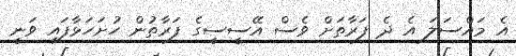
އެ މައްސަލަ އެ ދެ ފަރާތަށް ވެސް އޭސީސީގެ ފަރާތުން ހުށަހަޅާފައި ވަނީ